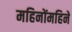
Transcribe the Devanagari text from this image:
महिनोंमहिने